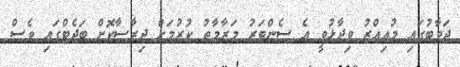
ޖަވާބުގައި މުއިއްޒު ވިދާޅުވީ އެ ސެންޓަރު މަރާމާތު ކުރުމަށް ދިރާސާކޮށް ބަޖެޓްގައި ވެސް